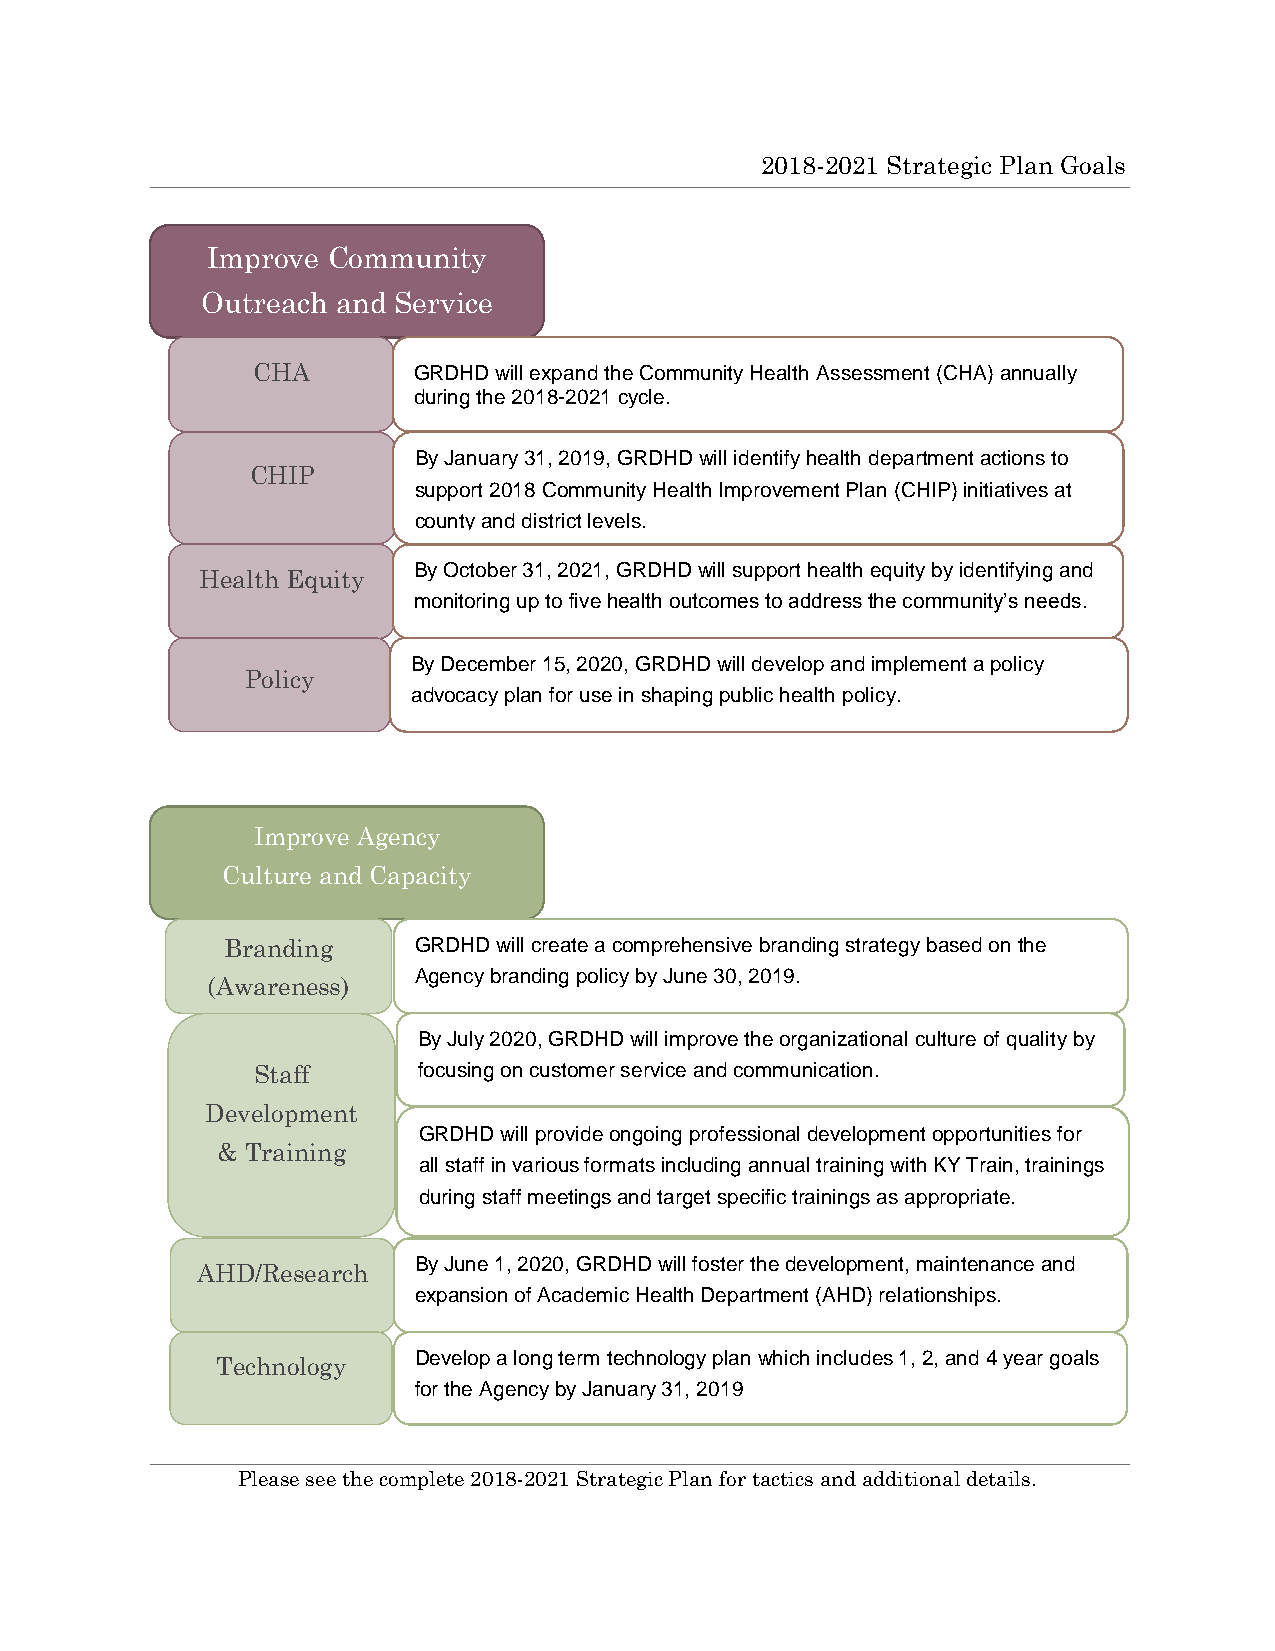
2018-2021 Strategic Plan Goals
 Improve Community
 Outreach and Service
 CHA       GRDHD will expand the Community Health Assessment (CHA) annually
 during the 2018-2021 cycle.
 By January 31, 2019, GRDHD will identify health department actions to
 CHIP
 support 2018 Community Health Improvement Plan (CHIP) initiatives at
 county and district levels.
 By October 31, 2021, GRDHD will support health equity by identifying and
 Health Equity
 monitoring up to five health outcomes to address the community’s needs.
 By December 15, 2020, GRDHD will develop and implement a policy
 Policy
 advocacy plan for use in shaping public health policy.
 Improve Agency
 Culture and Capacity
 Branding    GRDHD will create a comprehensive branding strategy based on the
 Agency branding policy by June 30, 2019.
 (Awareness)
 By July 2020, GRDHD will improve the organizational culture of quality by
 Staff      focusing on customer service and communication.
 Development
 GRDHD will provide ongoing professional development opportunities for
 & Training
 all staff in various formats including annual training with KY Train, trainings
 during staff meetings and target specific trainings as appropriate.
 By June 1, 2020, GRDHD will foster the development, maintenance and
 AHD/Research
 expansion of Academic Health Department (AHD) relationships.
 Develop a long term technology plan which includes 1, 2, and 4 year goals
 Technology
 for the Agency by January 31, 2019
 Please see the complete 2018-2021 Strategic Plan for tactics and additional details.